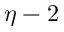
\eta - 2